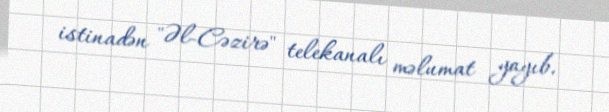
istinadən "Əl-Cəzirə" telekanalı məlumat yayıb.